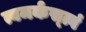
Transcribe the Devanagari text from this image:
त्वमर्कस्त्वं